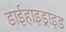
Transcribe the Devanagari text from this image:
डाईहाइड्राइड